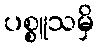
ပစ္စူသမှိ